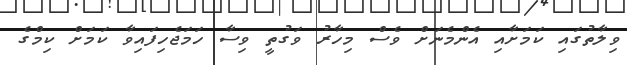
ވިލާތުގައި ކަމަށާއި އެންމެނަށް ވެސް މިހާރު ވަގުތީ ވިސާ ހަމަޖެހިފައިވާ ކަމަށް ކިމްގެ